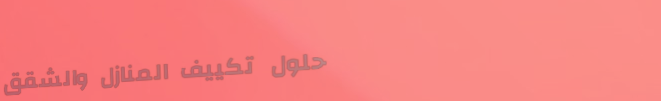
حلول تكييف المنازل والشقق